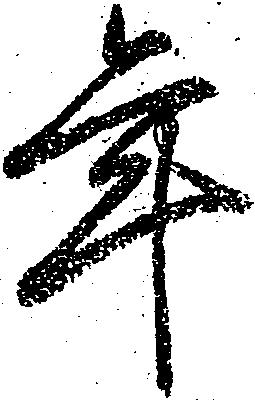
年